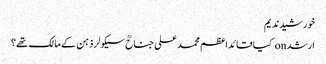
خورشید ندیم
ارشد on کیا قائداعظم محمد علی جناحؒ سیکولر ذہن کے مالک تھے؟